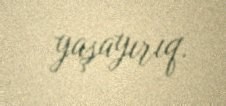
yaşayırıq.